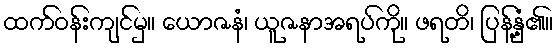
ထက်ဝန်းကျင်မှ။ ယောဇနံ၊ ယူဇနာအရပ်ကို။ ဖရတိ၊ ပြန့်နှံ့၏။